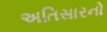
અતિસારનો